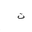
Letter: _ta